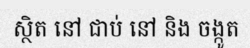
ស្ថិត នៅ ជាប់ នៅ និង ចង្កូត